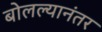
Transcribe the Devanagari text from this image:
बोलल्यानंतर